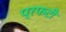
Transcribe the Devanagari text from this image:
प्रफटी